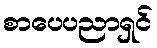
စာပေပညာရှင်